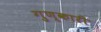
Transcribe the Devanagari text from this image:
गुण्कारी